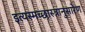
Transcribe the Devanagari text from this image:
इत्यस्मच्छास्त्रानुसारेण